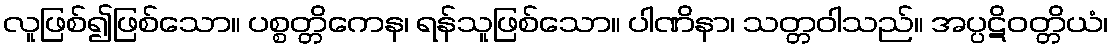
လူဖြစ်၍ဖြစ်သော။ ပစ္စတ္တိကေန၊ ရန်သူဖြစ်သော။ ပါဏိနာ၊ သတ္တဝါသည်။ အပ္ပဋိဝတ္တိယံ၊